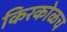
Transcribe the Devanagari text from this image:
किरकोळच